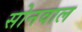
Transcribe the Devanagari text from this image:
सोनवाल